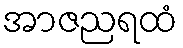
အာဇညရထံ